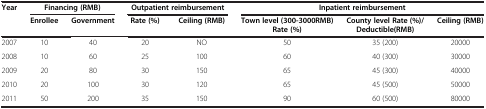
<table><thead><tr><td rowspan="2"><b>Year</b></td><td colspan="2"><b>Financing (RMB)</b></td><td colspan="2"><b>Outpatient reimbursement</b></td><td colspan="3"><b>Inpatient reimbursement</b></td></tr><tr><td><b>Enrollee</b></td><td><b>Government</b></td><td><b>Rate (%)</b></td><td><b>Ceiling (RMB)</b></td><td><b>Town level (300-3000RMB) Rate (%)</b></td><td><b>County level Rate (%)/Deductible(RMB)</b></td><td><b>Ceiling (RMB)</b></td></tr></thead><tbody><tr><td>2007</td><td>10</td><td>40</td><td>20</td><td>NO</td><td>50</td><td>35 (200)</td><td>20000</td></tr><tr><td>2008</td><td>10</td><td>60</td><td>25</td><td>100</td><td>60</td><td>40 (300)</td><td>30000</td></tr><tr><td>2009</td><td>20</td><td>80</td><td>30</td><td>150</td><td>65</td><td>45 (300)</td><td>40000</td></tr><tr><td>2010</td><td>20</td><td>100</td><td>30</td><td>120</td><td>65</td><td>45 (500)</td><td>50000</td></tr><tr><td>2011</td><td>50</td><td>200</td><td>35</td><td>150</td><td>90</td><td>60 (500)</td><td>80000</td></tr></tbody></table>